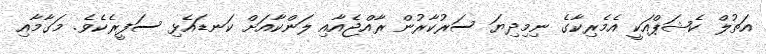
އަތުލް ކެޝަޕްއަކީ އެމެރިކާގެ ނިމިދިޔަ ސަރުކާރުން ރާއްޖެއާއި ލަންކާއަށް ކަނޑައެޅި ސަފީރެކެވެ. މަގާމާއި